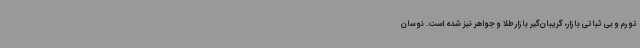
تورم و بی ثباتی بازار، گریبان‌گیر بازار طلا و جواهر نیز شده است. نوسان